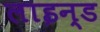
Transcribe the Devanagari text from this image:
लाइन्‍ड